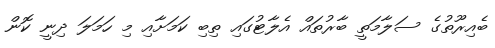
ބެއިރޫތުގެ ސަލާމަތީ ބާރުތައް އެލާޓުގައި ތިބި ކަމަށާއި މި ހަމަލަ ދިނީ ކޮން